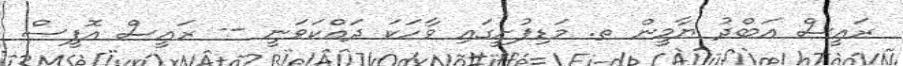
ރައީސް އަބްދު ޔާމީން ތ. މަޑިފުށީގައި ވާހަކަ ދައްކަވަނީ -- ރައީސް އޮފީސް